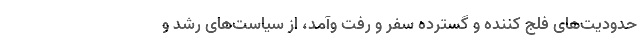
حدودیت‌های فلج کننده و گسترده سفر و رفت و‌آمد، از سیاست‌های رشد و